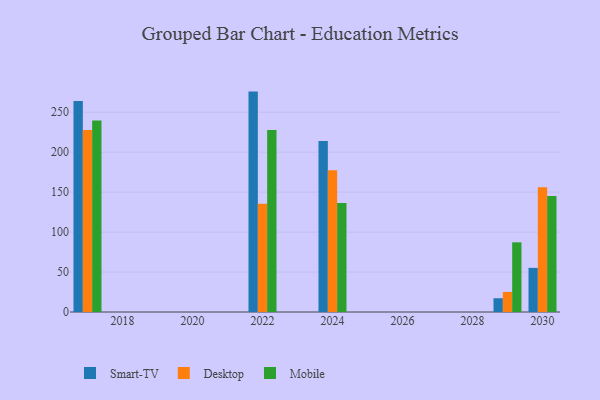
{"axis": {"x": "Year", "y": "LTV (USD)"}, "legend": ["Desktop", "Mobile", "Smart-TV"], "data": [{"x": "2024", "y": 213.9, "type": "Smart-TV"}, {"x": "2024", "y": 177.3, "type": "Desktop"}, {"x": "2024", "y": 136.5, "type": "Mobile"}, {"x": "2022", "y": 275.8, "type": "Smart-TV"}, {"x": "2022", "y": 135.4, "type": "Desktop"}, {"x": "2022", "y": 227.9, "type": "Mobile"}, {"x": "2029", "y": 17.2, "type": "Smart-TV"}, {"x": "2029", "y": 25.1, "type": "Desktop"}, {"x": "2029", "y": 87.2, "type": "Mobile"}, {"x": "2030", "y": 55.2, "type": "Smart-TV"}, {"x": "2030", "y": 156.0, "type": "Desktop"}, {"x": "2030", "y": 145.3, "type": "Mobile"}, {"x": "2017", "y": 263.9, "type": "Smart-TV"}, {"x": "2017", "y": 227.9, "type": "Desktop"}, {"x": "2017", "y": 239.7, "type": "Mobile"}]}